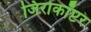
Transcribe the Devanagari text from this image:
जिरोकॉप्टर